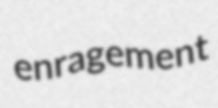
enragement